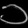
Digit: ၁